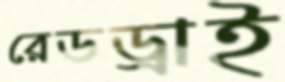
রেডড্রাই